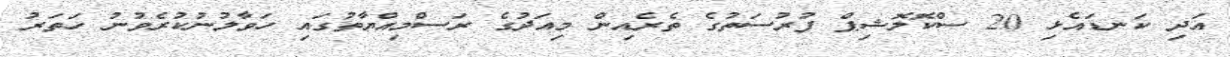
އަދި ކަނޑައެޅި 20 ސްކޮލޮޝިޕް ފުރުސަތުގެ ތެރެއިން މިއަދުގެ ރަސްމިއްޔާތުގައި ހަވާލުނުކުރެވުނު ހަތަރު